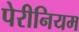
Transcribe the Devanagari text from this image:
पेरीनियम